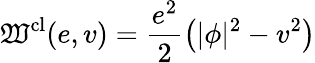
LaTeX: {\cal\mathfrak{W}}^{\mathrm{{cl}}}(e,v)=\frac{{e^{2}}}{2}\left(|\phi|^{2}-v^{2}\right)